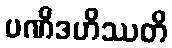
ပဏိဒဟိဿတိ